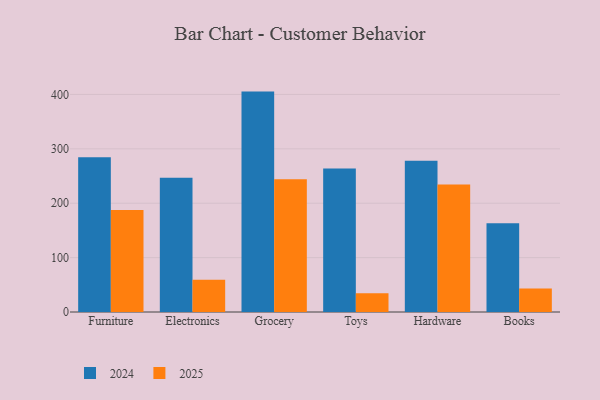
{"axis": {"x": "Category", "y": "Active Users"}, "legend": ["2024", "2025"], "data": [{"x": "Furniture", "y": 187.5, "type": "2025"}, {"x": "Furniture", "y": 284.7, "type": "2024"}, {"x": "Electronics", "y": 59.2, "type": "2025"}, {"x": "Electronics", "y": 247.0, "type": "2024"}, {"x": "Grocery", "y": 243.9, "type": "2025"}, {"x": "Grocery", "y": 405.2, "type": "2024"}, {"x": "Toys", "y": 34.5, "type": "2025"}, {"x": "Toys", "y": 263.7, "type": "2024"}, {"x": "Hardware", "y": 234.5, "type": "2025"}, {"x": "Hardware", "y": 278.2, "type": "2024"}, {"x": "Books", "y": 43.0, "type": "2025"}, {"x": "Books", "y": 163.2, "type": "2024"}]}